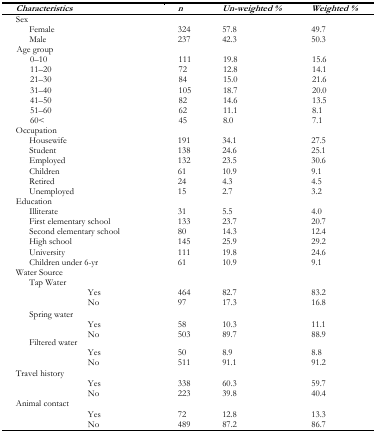
<table><thead><tr><td><b><i>Characteristics</i></b></td><td><b><i>n</i></b></td><td><b><i>Un-weighted %</i></b></td><td><b><i>Weighted %</i></b></td></tr></thead><tbody><tr><td>Sex</td><td></td><td></td><td></td></tr><tr><td>Female</td><td>324</td><td>57.8</td><td>49.7</td></tr><tr><td>Male</td><td>237</td><td>42.3</td><td>50.3</td></tr><tr><td>Age group</td><td></td><td></td><td></td></tr><tr><td>0–10</td><td>111</td><td>19.8</td><td>15.6</td></tr><tr><td>11–20</td><td>72</td><td>12.8</td><td>14.1</td></tr><tr><td>21–30</td><td>84</td><td>15.0</td><td>21.6</td></tr><tr><td>31–40</td><td>105</td><td>18.7</td><td>20.0</td></tr><tr><td>41–50</td><td>82</td><td>14.6</td><td>13.5</td></tr><tr><td>51–60</td><td>62</td><td>11.1</td><td>8.1</td></tr><tr><td>60&lt;</td><td>45</td><td>8.0</td><td>7.1</td></tr><tr><td>Occupation</td><td></td><td></td><td></td></tr><tr><td>Housewife</td><td>191</td><td>34.1</td><td>27.5</td></tr><tr><td>Student</td><td>138</td><td>24.6</td><td>25.1</td></tr><tr><td>Employed</td><td>132</td><td>23.5</td><td>30.6</td></tr><tr><td>Children</td><td>61</td><td>10.9</td><td>9.1</td></tr><tr><td>Retired</td><td>24</td><td>4.3</td><td>4.5</td></tr><tr><td>Unemployed</td><td>15</td><td>2.7</td><td>3.2</td></tr><tr><td>Education</td><td></td><td></td><td></td></tr><tr><td>Illiterate</td><td>31</td><td>5.5</td><td>4.0</td></tr><tr><td>First elementary school</td><td>133</td><td>23.7</td><td>20.7</td></tr><tr><td>Second elementary school</td><td>80</td><td>14.3</td><td>12.4</td></tr><tr><td>High school</td><td>145</td><td>25.9</td><td>29.2</td></tr><tr><td>University</td><td>111</td><td>19.8</td><td>24.6</td></tr><tr><td>Children under 6-yr</td><td>61</td><td>10.9</td><td>9.1</td></tr><tr><td>Water Source</td><td></td><td></td><td></td></tr><tr><td>Tap Water</td><td></td><td></td><td></td></tr><tr><td>Yes</td><td>464</td><td>82.7</td><td>83.2</td></tr><tr><td>No</td><td>97</td><td>17.3</td><td>16.8</td></tr><tr><td>Spring water</td><td></td><td></td><td></td></tr><tr><td>Yes</td><td>58</td><td>10.3</td><td>11.1</td></tr><tr><td>No</td><td>503</td><td>89.7</td><td>88.9</td></tr><tr><td>Filtered water</td><td></td><td></td><td></td></tr><tr><td>Yes</td><td>50</td><td>8.9</td><td>8.8</td></tr><tr><td>No</td><td>511</td><td>91.1</td><td>91.2</td></tr><tr><td>Travel history</td><td></td><td></td><td></td></tr><tr><td>Yes</td><td>338</td><td>60.3</td><td>59.7</td></tr><tr><td>No</td><td>223</td><td>39.8</td><td>40.4</td></tr><tr><td>Animal contact</td><td></td><td></td><td></td></tr><tr><td>Yes</td><td>72</td><td>12.8</td><td>13.3</td></tr><tr><td>No</td><td>489</td><td>87.2</td><td>86.7</td></tr></tbody></table>